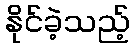
နိုင်ခဲ့သည့်